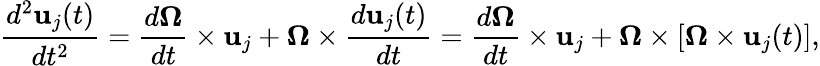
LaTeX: {\frac{d^{2}\mathbf{u}_{j}(t)}{dt^{2}}}={\frac{d{\boldsymbol{\Omega}}}{dt}}\times\mathbf{u}_{j}+{\boldsymbol{\Omega}}\times{\frac{d\mathbf{u}_{j}(t)}{dt}}={\frac{d{\boldsymbol{\Omega}}}{dt}}\times\mathbf{u}_{j}+{\boldsymbol{\Omega}}\times\left[{\boldsymbol{\Omega}}\times\mathbf{u}_{j}(t)\right],